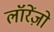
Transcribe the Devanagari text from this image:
लॉरेंज़ो